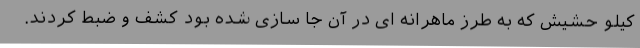
کیلو حشیش که به طرز ماهرانه ای در آن جا سازی شده بود کشف و ضبط کردند.